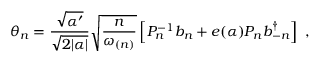
\theta _ { n } = \frac { \sqrt { \alpha ^ { \prime } } } { \sqrt { 2 | \alpha | } } \sqrt { \frac { n } { \omega _ { ( n ) } } } \left[ P _ { n } ^ { - 1 } b _ { n } + e ( \alpha ) P _ { n } b _ { - n } ^ { \dagger } \right] ~ ,